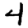
Digit: 4